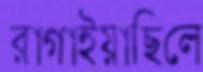
রাগাইয়াছিলে